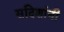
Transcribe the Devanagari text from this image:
सदिशांनी